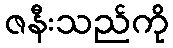
ဇနီးသည်ကို